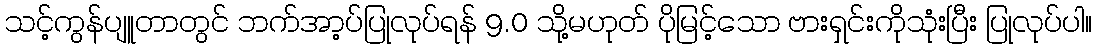
သင့်ကွန်ပျူတာတွင် ဘက်အာ့ပ်ပြုလုပ်ရန် 9.0 သို့မဟုတ် ပိုမြင့်သော ဗားရှင်းကိုသုံးပြီး ပြုလုပ်ပါ။